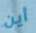
أين